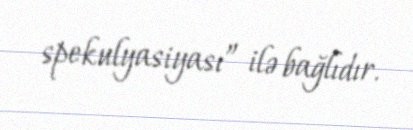
spekulyasiyası” ilə bağlıdır.